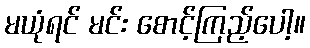
မယုံရင် မင်း စောင့်ကြည့်ပေါ့။